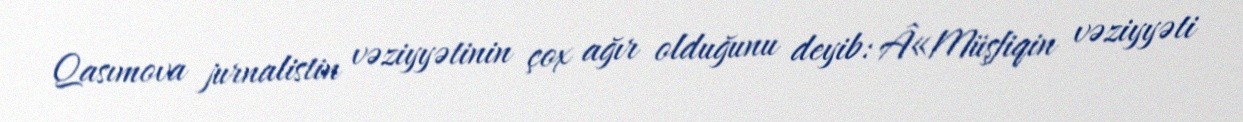
Qasımova jurnalistin vəziyyətinin çox ağır olduğunu deyib: Â«Müşfiqin vəziyyəti